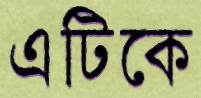
এটিকে